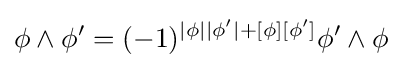
\phi \wedge \phi '=(-1)^{|\phi ||\phi '|+[\phi ][\phi ']}\phi '\wedge \phi